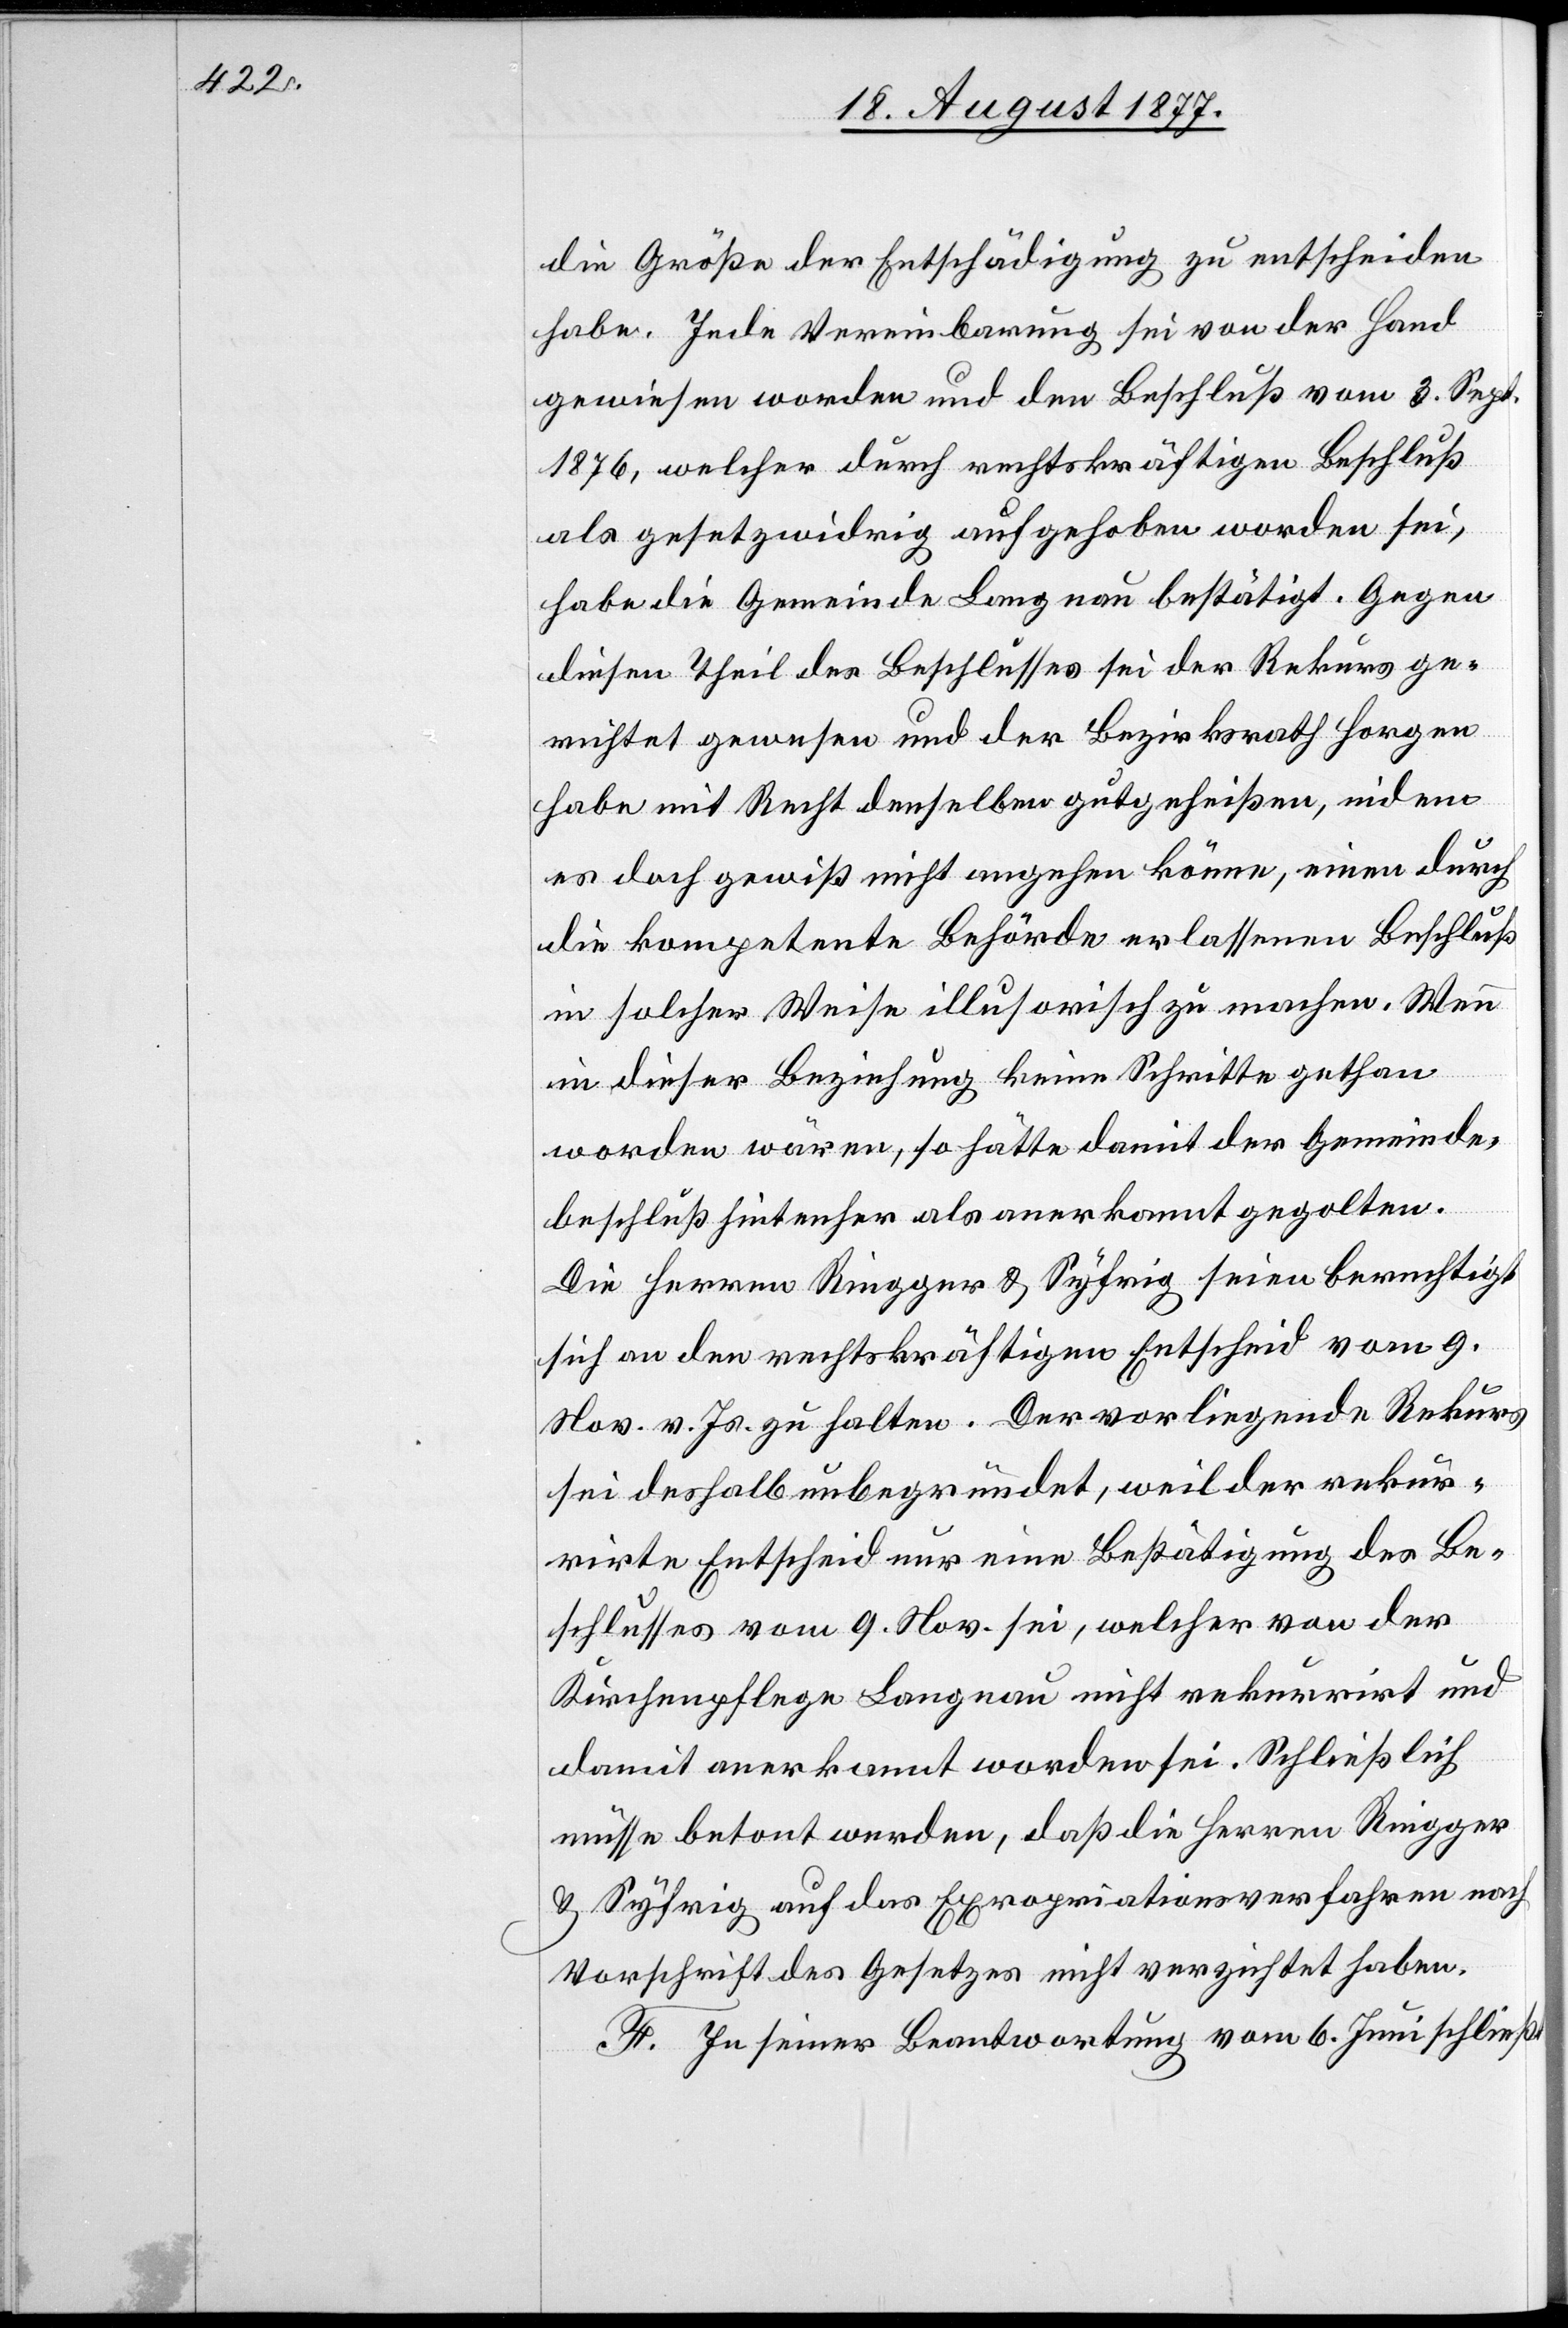
die Größe der Entschädigung zu entscheiden
habe. Jede Vereinbarung sei von der Hand
gewiesen worden und den Beschluß vom 3. Sept.
1876, welcher durch rechtskräftigen Beschluß
als gesetzwidrig aufgehoben worden sei,
habe die Gemeinde Langnau bestätigt. Gegen
diesen Theil des Beschlusses sei der Rekurs ge¬
richtet gewesen und der Bezirksrath Horgen
habe mit Recht denselben gutgeheißen, indem
es doch gewiß nicht angehen könne, einen durch
die kompetente Behörde erlassenen Beschluß
in solcher Weise illusorisch zu machen. Wenn
in dieser Beziehung keine Schritte gethan
worden wären, so hätte damit der Gemeinde¬
beschluß hintenher als anerkannt gegolten.
Die Herren Ringger & Syfrig seien berechtigt
sich an den rechtskräftigen Entscheid vom 9.
Nov. v. Js. zu halten. Der vorliegende Rekurs
sei deshalb unbegründet, weil der rekur¬
rirte Entscheid nur eine Bestätigung des Be¬
schlusses vom 9. Nov. sei, welcher von der
Kirchenpflege Langnau nicht rekurrirt und
damit anerkannt worden sei. Schließlich
müsse betont werden, daß die Herren Ringger
& Syfrig auf das Expropriationsverfahren nach
Vorschrift des Gesetzes nicht verzichtet haben.
F. In seiner Beantwortung vom 6. Juni schließt